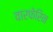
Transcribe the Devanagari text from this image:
वारफेरिन